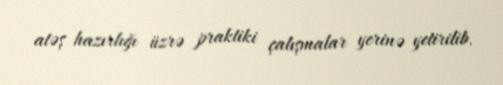
atəş hazırlığı üzrə praktiki çalışmalar yerinə yetirilib.